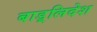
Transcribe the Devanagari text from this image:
बाड़्लिदेश